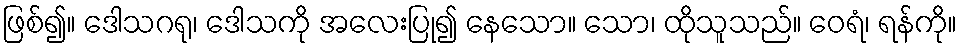
ဖြစ်၍။ ဒေါသဂရု၊ ဒေါသကို အလေးပြု၍ နေသော။ သော၊ ထိုသူသည်။ ဝေရံ၊ ရန်ကို။